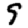
Digit: 9